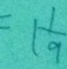
= 1 \frac { 1 } { 9 }